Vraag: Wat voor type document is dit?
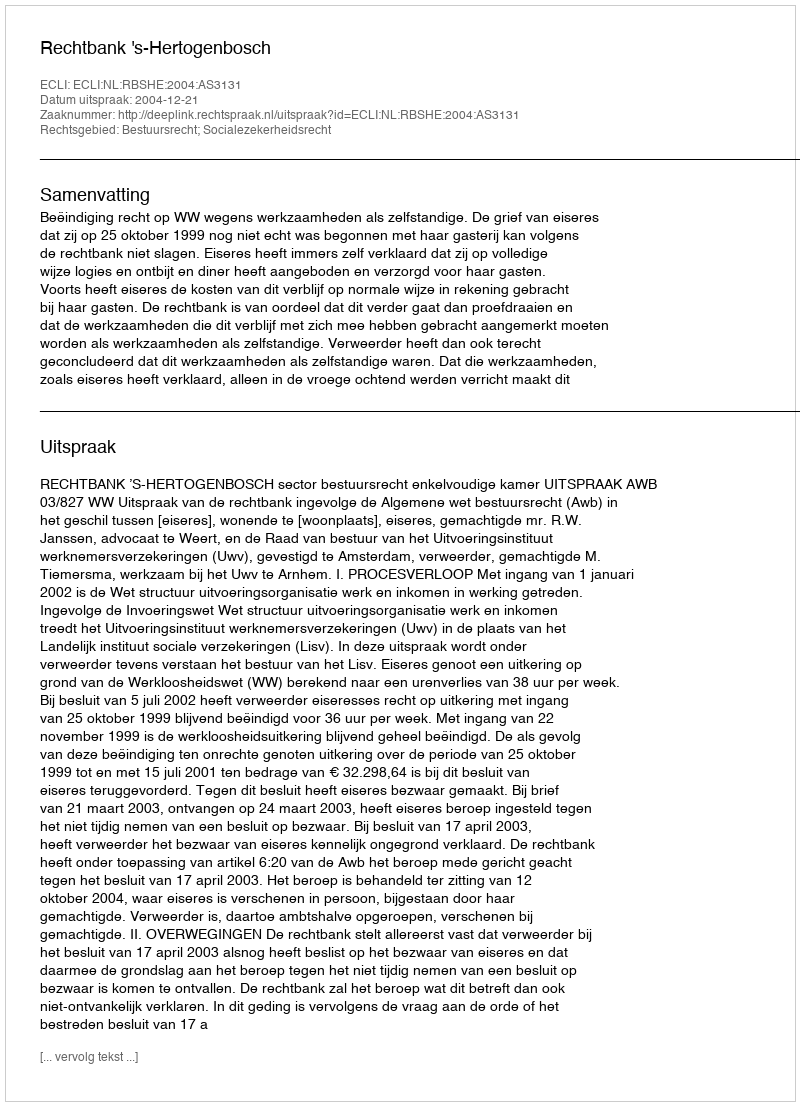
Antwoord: Uitspraak